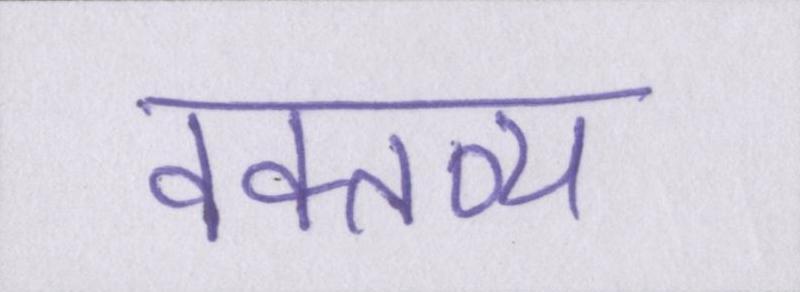
वक्तव्य